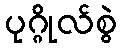
ပုဂ္ဂိုလ်စွဲ